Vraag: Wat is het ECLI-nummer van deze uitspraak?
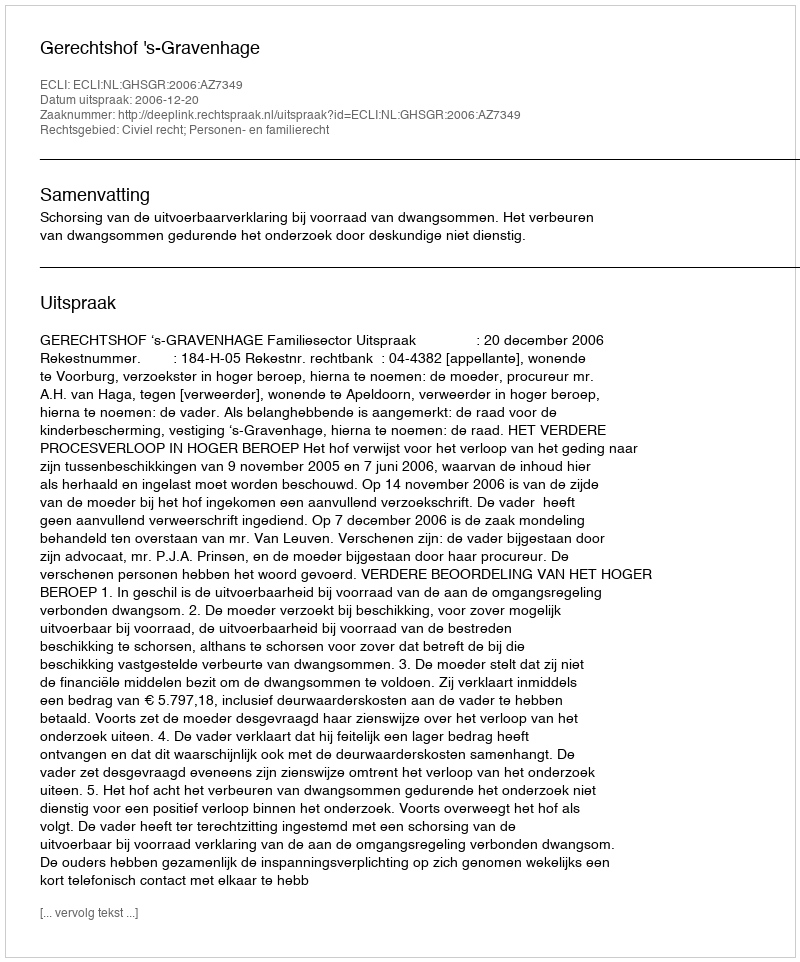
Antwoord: ECLI:NL:GHSGR:2006:AZ7349